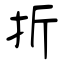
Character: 折